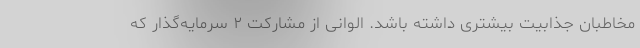
مخاطبان جذابیت بیشتری داشته باشد. الوانی از مشارکت ۲ سرمایه‌گذار که